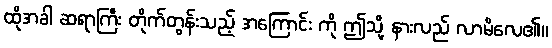
ထိုအခါ ဆရာကြီး တိုက်တွန်းသည့် အကြောင်း ကို ဤသို့ နားလည် လာမိလေ၏။